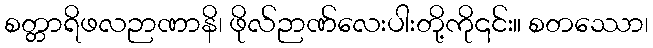
စတ္တာရိဖလဉာဏာနိ၊ ဖိုလ်ဉာဏ်လေးပါးတို့ကို၎င်း။ စတဿော၊